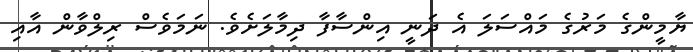
ޔާމީންގެ މަރުގެ މައްސަލަ އެ ދަނީ އިންސާފާ ދިމާލަށެވެ. ނަމަވެސް ރިލްވާން އާއި